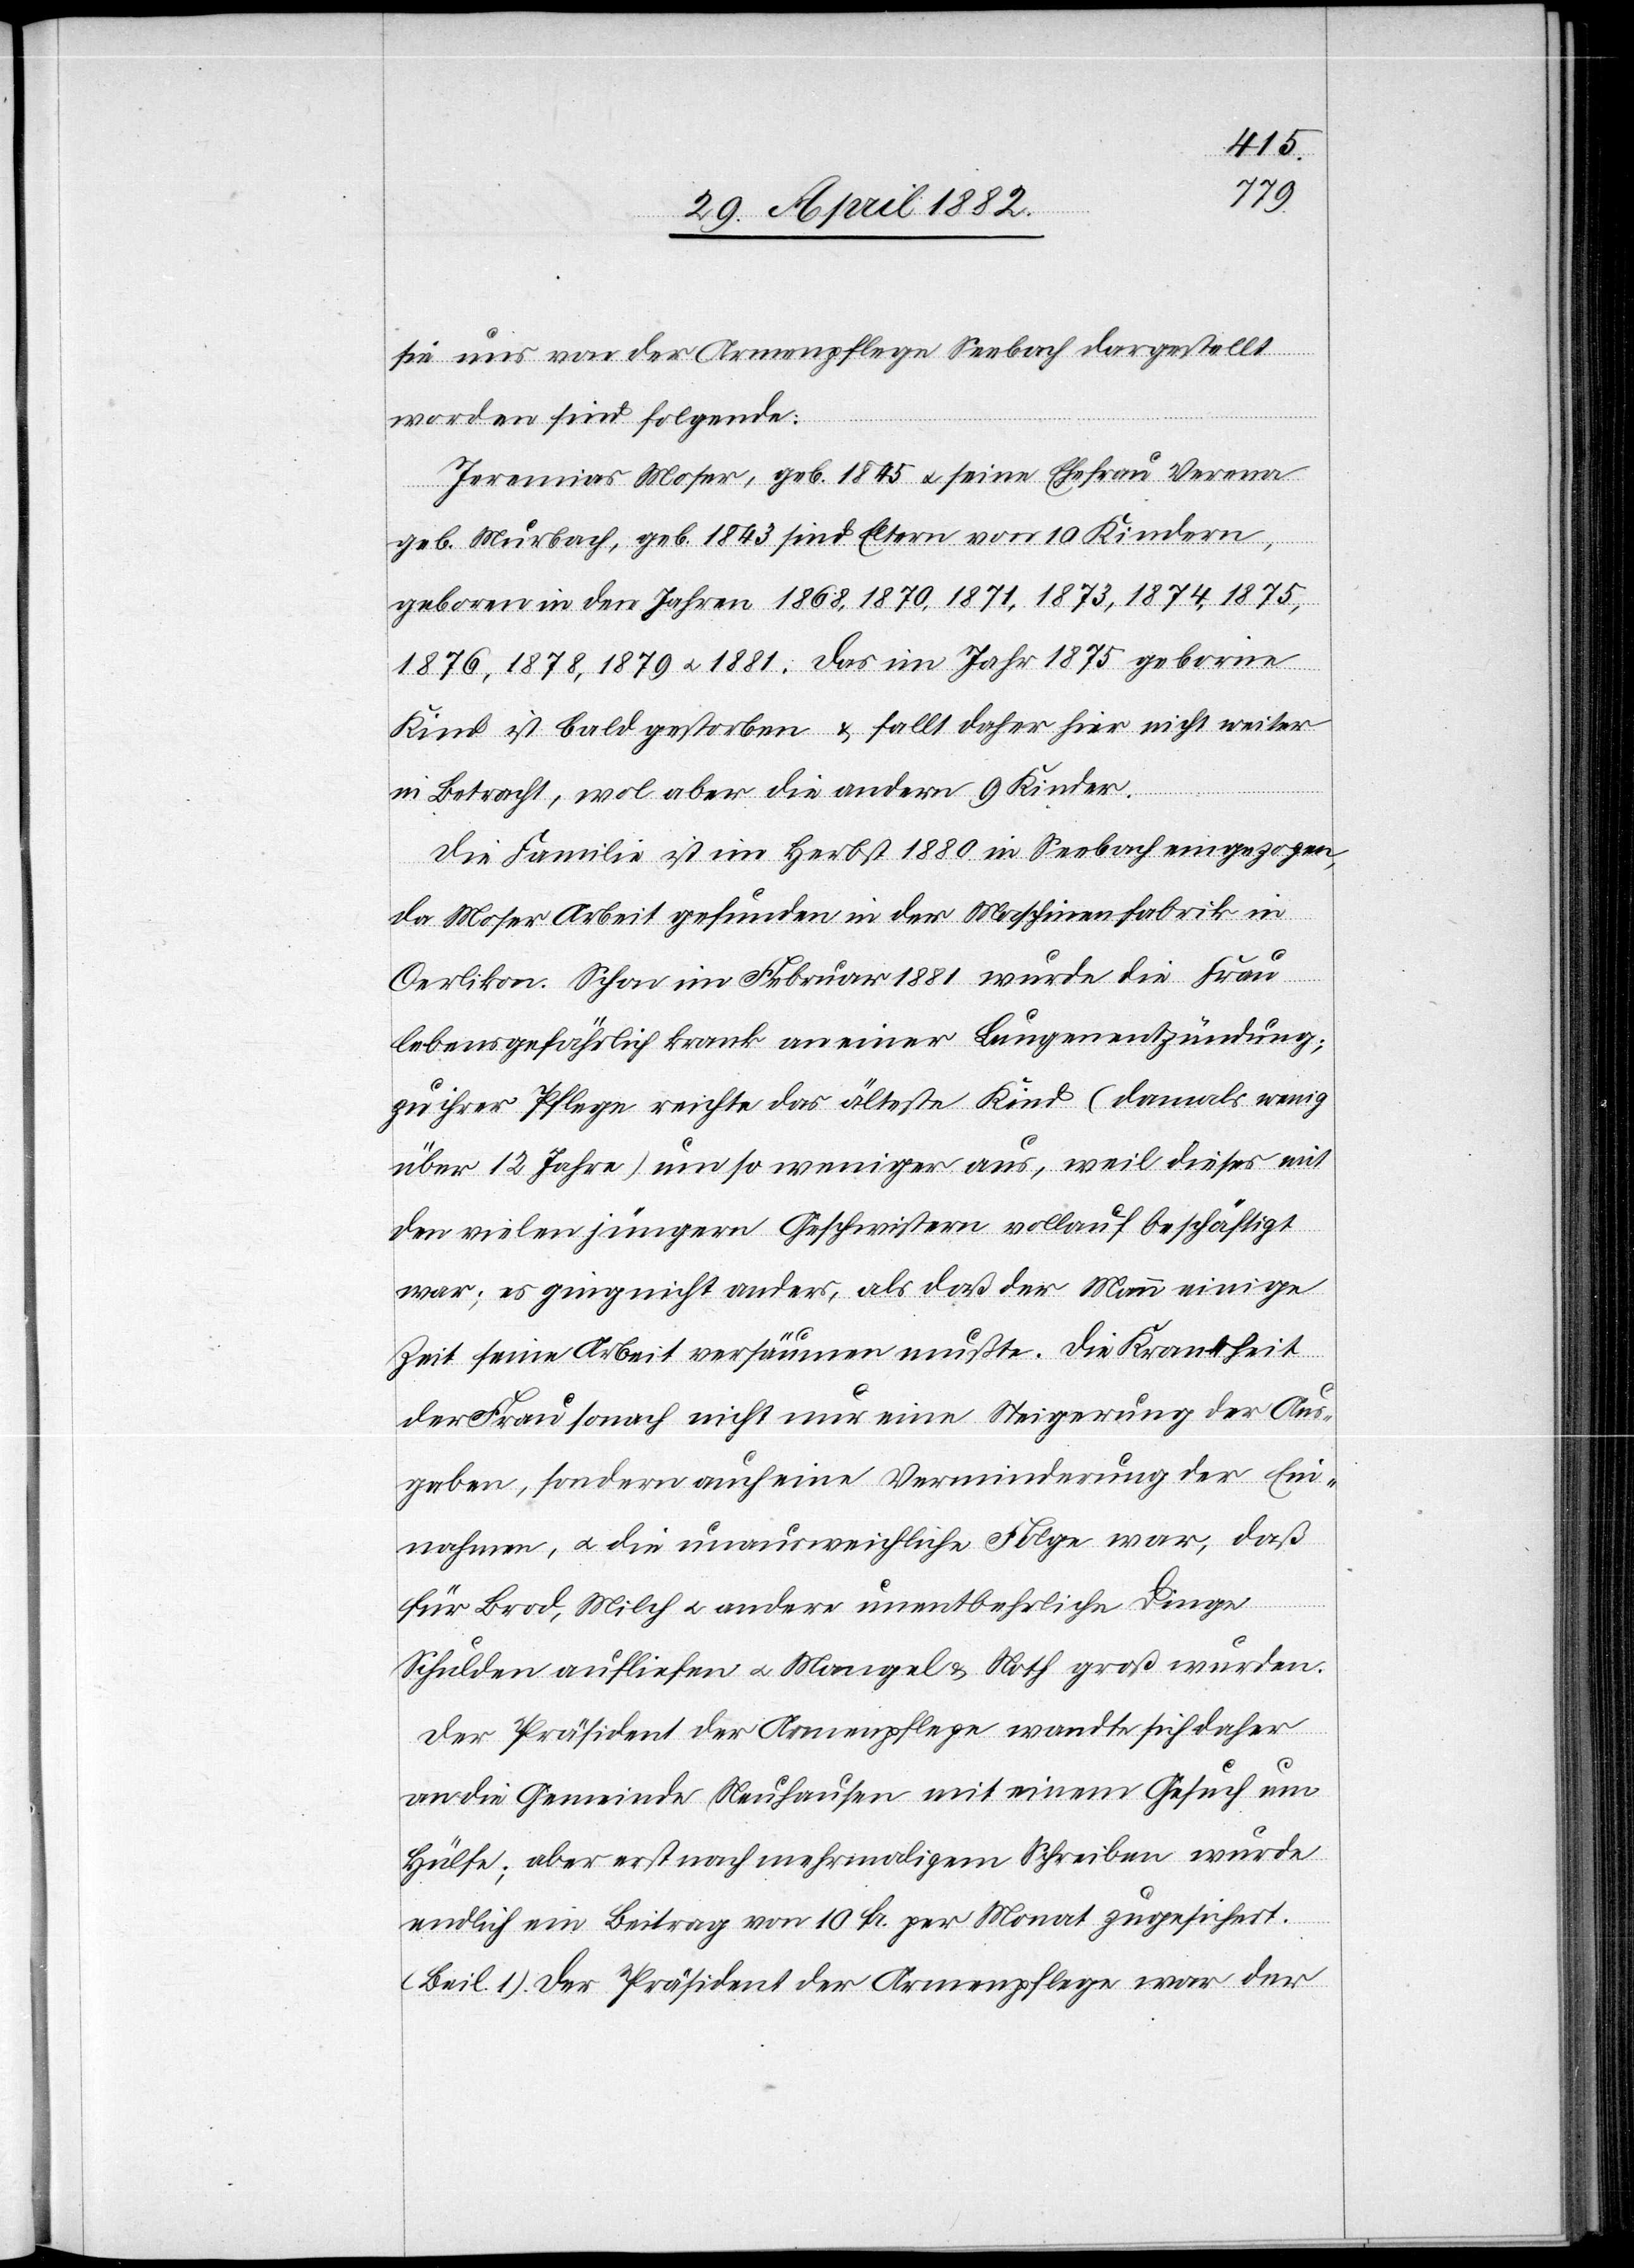
sie uns von der Armenpflege Seebach dargestellt
worden sind folgende:
Jeremias Moser, geb. 1845 u. seine Ehefrau Verena
geb. Murbach, geb. 1843 sind Eltern von 10 Kindern,
geboren in den Jahren 1868, 1870, 1871, 1873, 1874, 1875.
1876. 1878, 1879 & 1881. Das im Jahr 1875 geborne
Kind ist bald gestorben & fällt daher hier nicht weiter
in Betracht, wol aber die andern 9 Kinder.
Die Familie ist im Herbst 1880 in Seebach eingezogen,
da Moser Arbeit gefunden in der Maschinenfabrik in
Oerlikon. Schon im Februar 1881 wurde die Frau
lebensgefährlich krank an einer Lungenentzündung;
zu ihrer Pflege reichte das älteste Kind (damals wenig
über 12 Jahre) um so weniger aus, weil dieses mit
den vielen jüngern Geschwistern vollauf beschäftigt
war; es ging nicht anders, als daß der Mann einige
Zeit seine Arbeit versäumen mußte. Die Krankheit
der Frau sonach nicht nur eine Steigerung der Aus¬
gaben, sondern auch eine Verminderung der Ein¬
nahmen [sic!], u. die unausweichliche Folge war, daß
für Brod, Milch u. andere unentbehrliche Dinge
Schulden aufliefen u. Mangel & Noth Groß wurden.
Der Präsident der Armenpflege wandte sich daher
an die Gemeinde Neuhausen mit einem Gesuch um
Hülfe; aber erst nach mehrmaligem Schreiben wurde
endlich eine Beitrag von 10 Fr. per Monat zugesichert.
(Beil. 1). Der Präsident der Armenpflege war der